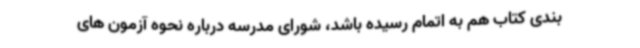
بندی کتاب هم به اتمام رسیده باشد، شورای مدرسه درباره نحوه آزمون های